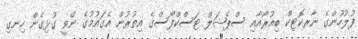
ފުލުހުންގެ ނާރކޮޓިކް ބިއުރޯއާއި ސްޕެޝަލް ޓަސްކްފޯސްގެ އިތުރުން އެގައުމުގެ ނޭވީ ގުޅިގެން ހިނގި